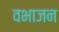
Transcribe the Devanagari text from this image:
वभाजन